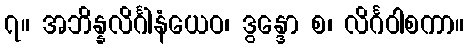
၇။ အဘိန္နလိင်္ဂါနံယေဝ၊ ဒွန္ဒော စ၊ လိင်္ဂဝါစကာ။